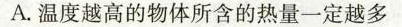
A.温度越高的物体所含的热量一定越多